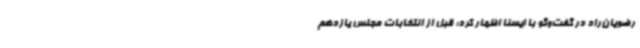
رضویان‌راد در گفت‌وگو با ایسنا اظهار کرد: قبل از انتخابات مجلس یازدهم